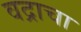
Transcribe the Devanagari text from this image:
वद्राचा